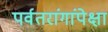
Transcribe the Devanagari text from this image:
पर्वतरांगांपेक्षा